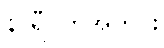
နာရီဝက်အတွင်း